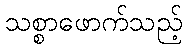
သစ္စာဖောက်သည့်